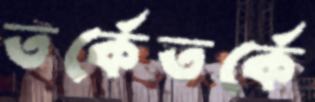
তর্কেতর্কে